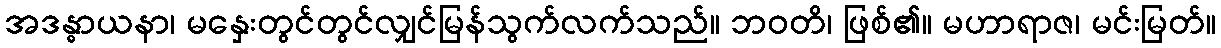
အဒန္ဓာယနာ၊ မနှေးတွင်တွင်လျှင်မြန်သွက်လက်သည်။ ဘဝတိ၊ ဖြစ်၏။ မဟာရာဇ၊ မင်းမြတ်။